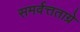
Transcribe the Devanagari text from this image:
समर्वत्तताग्रे